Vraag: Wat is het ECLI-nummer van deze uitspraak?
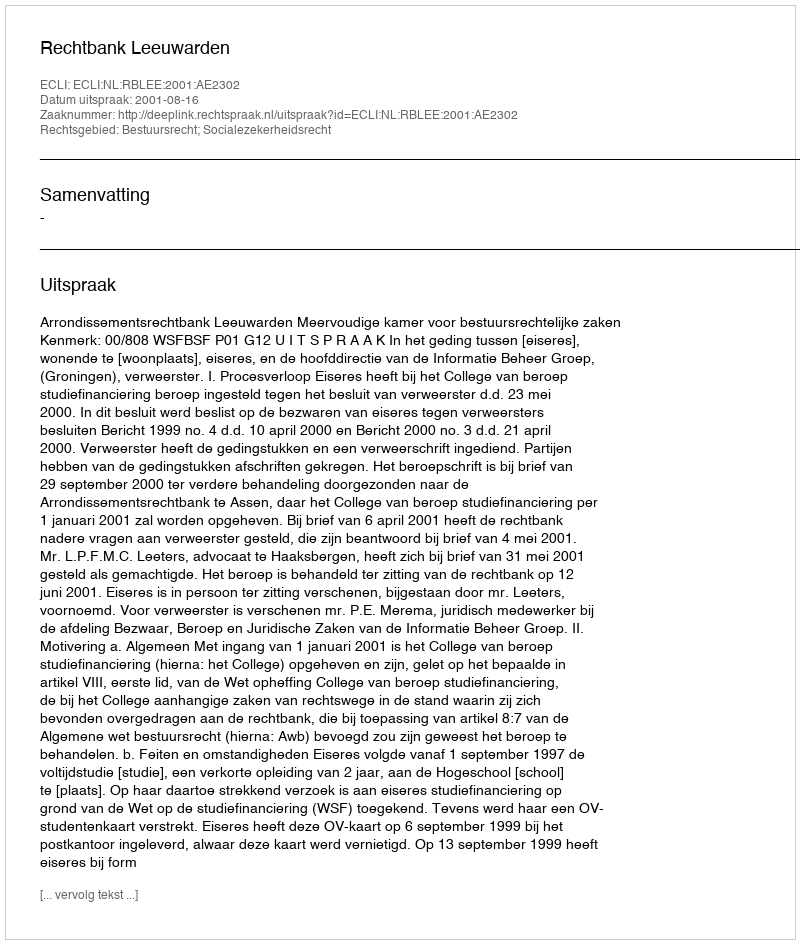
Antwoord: ECLI:NL:RBLEE:2001:AE2302